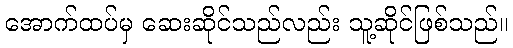
အောက်ထပ်မှ ဆေးဆိုင်သည်လည်း သူ့ဆိုင်ဖြစ်သည်။